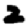
Digit: 2